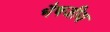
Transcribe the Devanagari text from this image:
भैषजीय